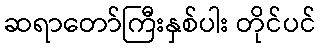
ဆရာတော်ကြီးနှစ်ပါး တိုင်ပင်